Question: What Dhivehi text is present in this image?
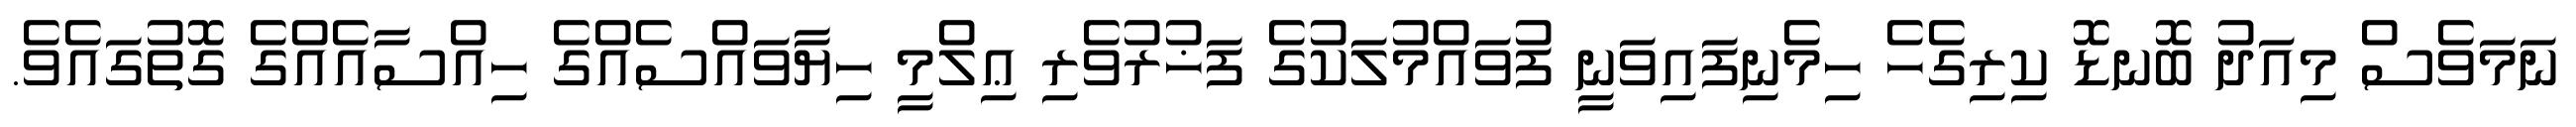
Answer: ނަމަވެސް މިއަދު ބޮނޑޮ ކިރިގެހެ ހިމެނިފައިވަނީ ފުވައްމުލަކުގެ ފަޚުރުވެރި ޢިލްމީ ހިޔާވައްސެއްގެ ހިއްސާއެއްގެ ގޮތުގައެވެ.